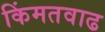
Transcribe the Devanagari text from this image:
किंमतवाढ